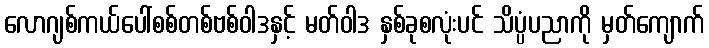
လောဂျစ်ကယ်ပေါ်စစ်တစ်ဗစ်ဝါဒနှင့် မတ်ဝါဒ နှစ်ခုစလုံးပင် သိပ္ပံပညာကို မှတ်ကျောက်